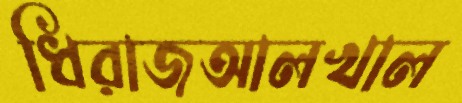
ধিরাজআলখাল